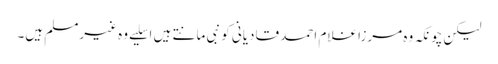
لیکن چونکہ وہ مرزا غلام احمد قادیانی کو نبی مانتے ہیں اسلیے وہ غیرمسلم ہیں۔